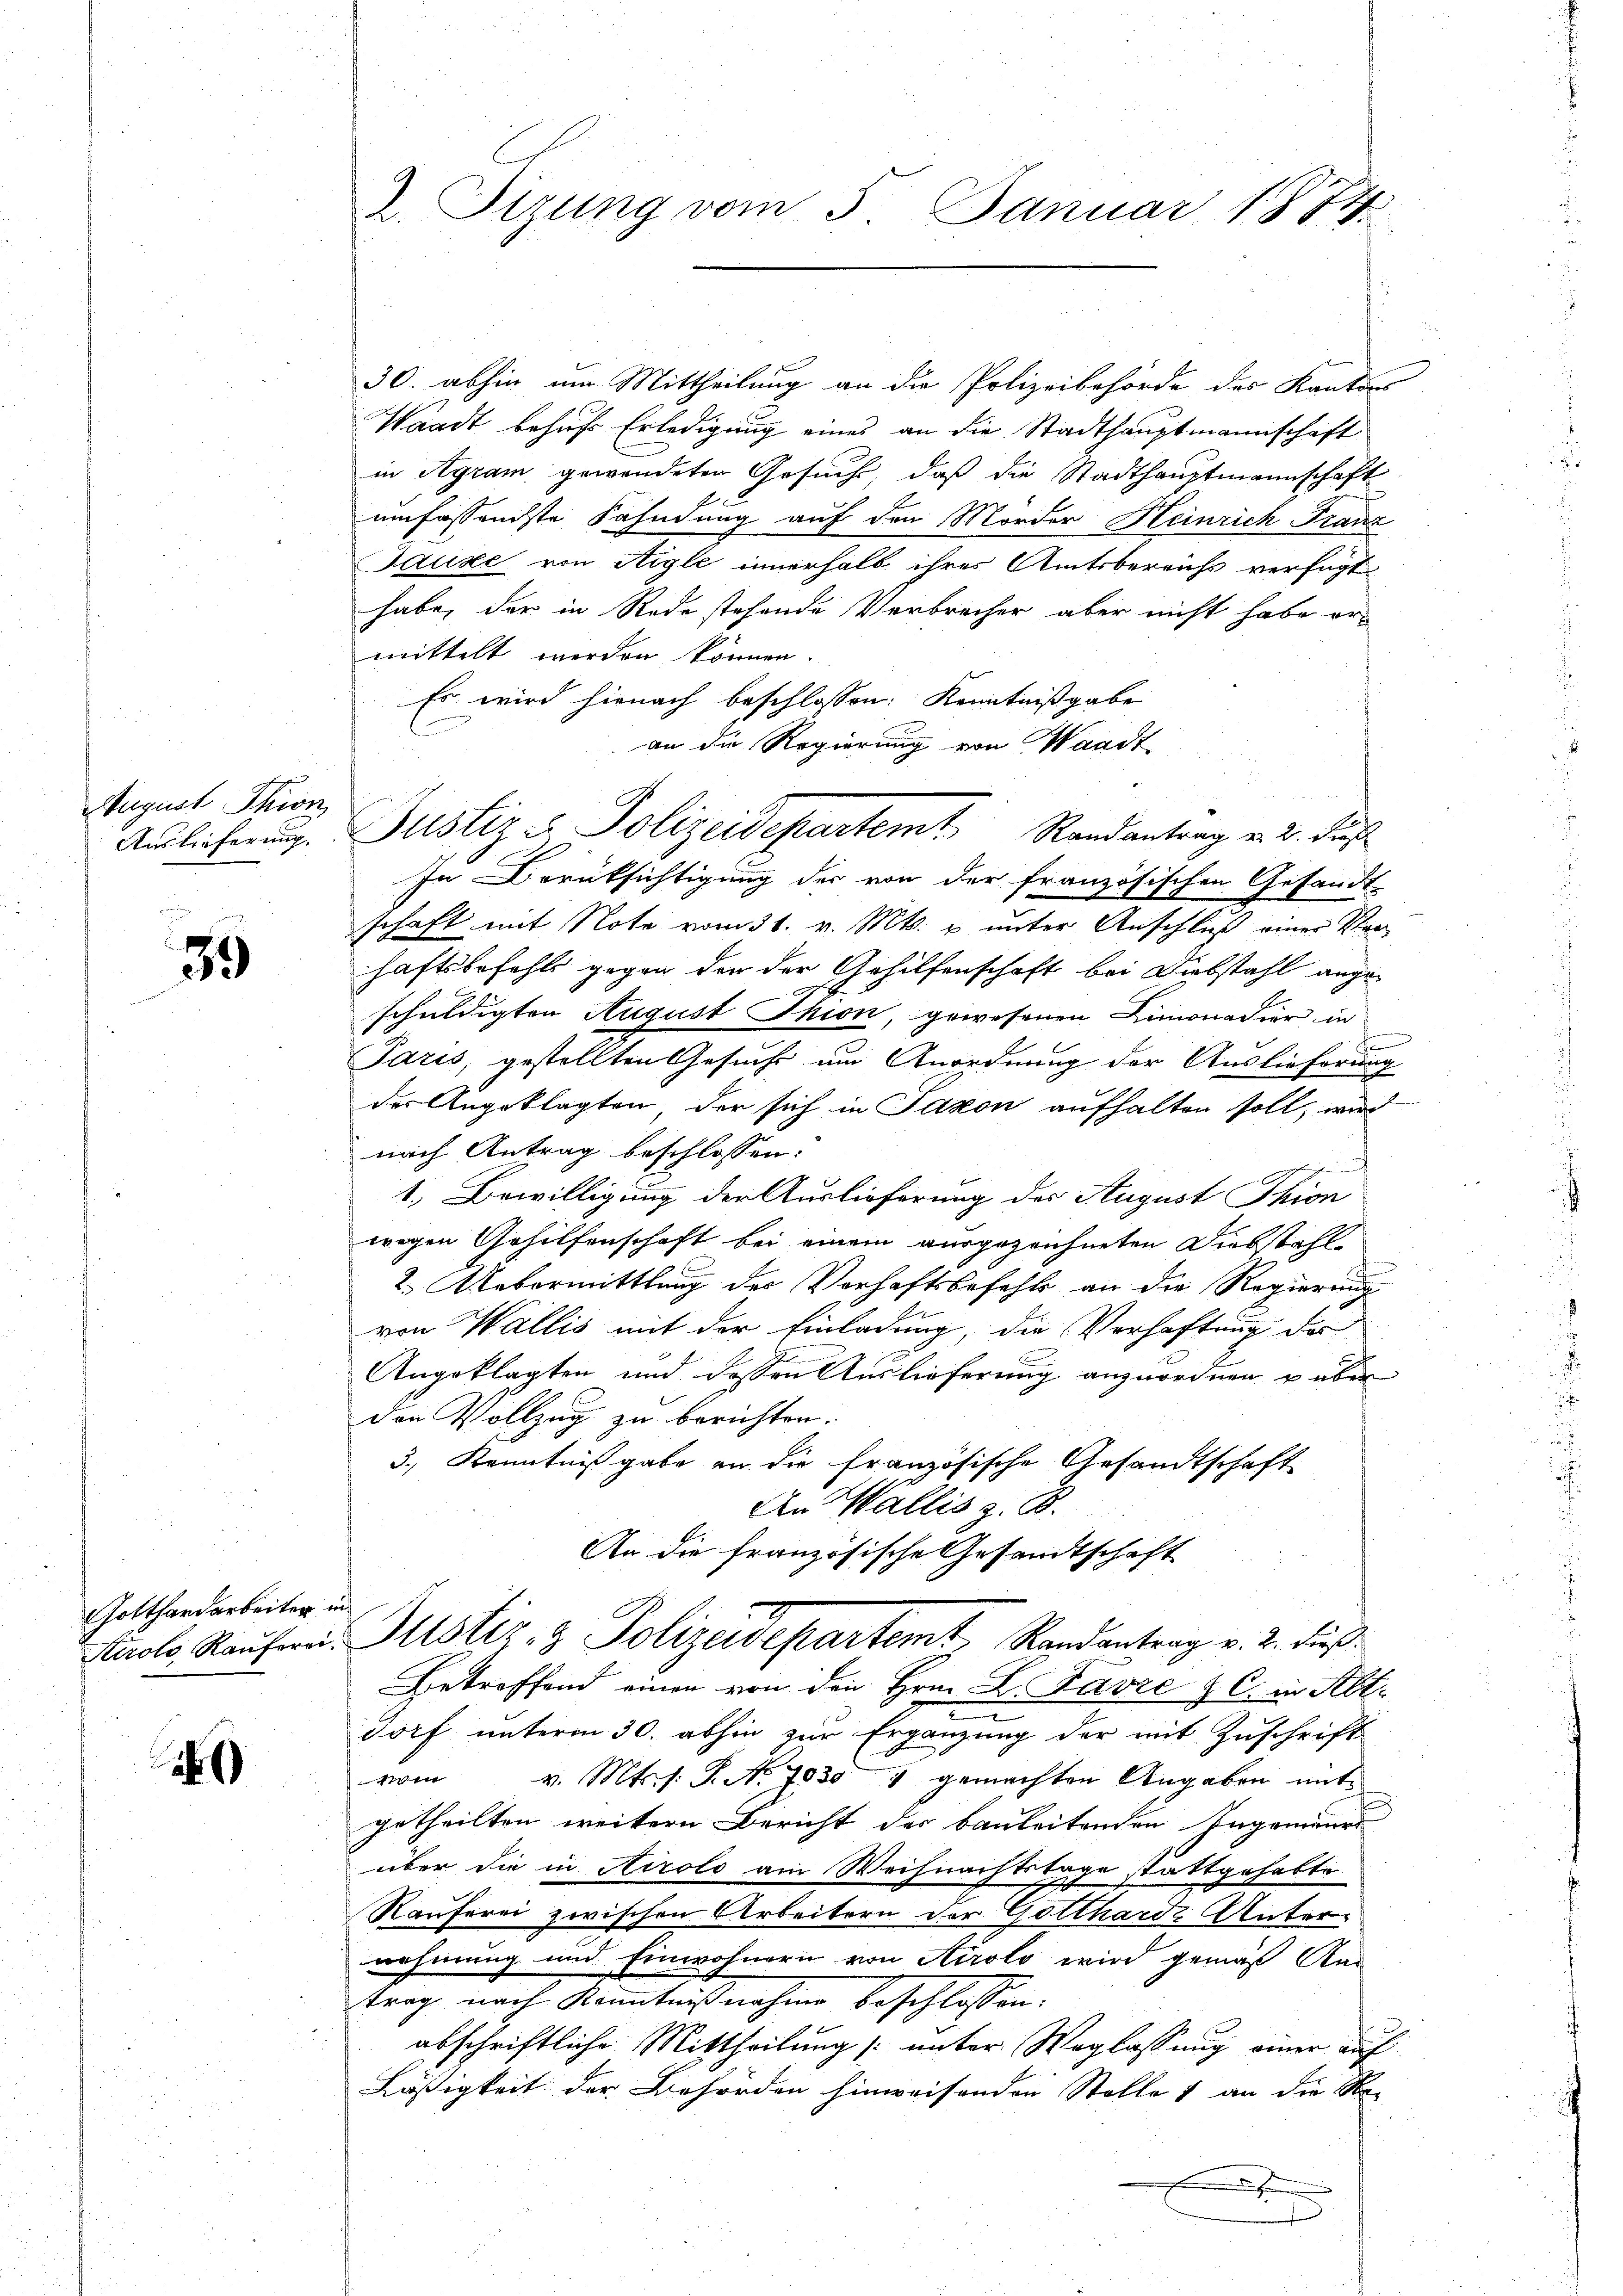
August Thion,
Auslieferung.

39

Gotthardarbeiter in
Kirolo Rauferei.

6

2. Tizung vom 5. Januar 1844

30. abhin um Mittheilung an die Polizeibehörde des Kantons
Waadt behufs Erledigung eines an die Stadthauptmannschaft
in Agram gewendeten Gesuche, daß die Stadthauptmannschaft
umfassendste Fahndung auf den Morder Heinrich Franz
Suke von Aigle innerhalb ihres Amtsbereichs verfügt
habe, der in Rede stehende Verbrecher aber nicht habe er-
mittelt werden können.
Es wird hienach beschlossen: Kenntnißgabe
an die Regierung von Waadt
1
In Berüksichtigung der von der Französi-
fen. Gesandt
schaft mit Note vom 31. v. Mts. u unter Anschluß einer Verhaftsbefehls gegen der der Gehilfenschaft bei Diebstahl angeschuldigten August Thion, gewesenen Limonadier in
Paris, gestellten Gesuche um Anordnung der Auslieferung
der Angeklagten, der sich in Saxon aufhalten soll, wird
nach Antrag beschlossen:
n
1. Bewilligung der Auslieferung des August Thion
wegen Gehilfenschaft bei einem ausgezeichneten Diebstahl
2. Uebermittlung der Verhaftsbefehls an die Regierung
von Wallis mit der Einladung, die Verhaftung der
Angeklagten und dessen Auslieferung anzuordnen u über
den Vollzug zu berichten.
3., Kenntnißgabe an die französische Gesandtschaft
An Wallis z. B.
An die französische Gesandtschaft
Justiz- & Polizeidepartemt, Randantrag v. 2. dieß
Betreffend einen von den Hrn. L. Favre & C. in Alt-
dorf unterm 30. abhin zur Ergänzung der mit Zuschrift
vom v. Mts. s. S. Nr. 7830 " gemachten Angaben mit
getheilten weitern Bericht des Bauleitenden Ingenieur
über die in Airolo am Weihnachtstage stattgehabte
7
Räuferei zwischen Arbeitern der Gotthardz Unter-
nehmung und Einwohnern von Airolo wird gemäß Ann
trag nach Kenntnißnahme beschlossen:
abschriftliche Mittheilung /: unter Weglassung einer auf
Läßigkeit der Behörden hinweisenden Stelle & an die Be-
x

Justiz & Polizeidepartemt Randantrag v. 2. daß